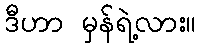
ဒီဟာ မှန်ရဲ့လား။